Loodushoiu_ja_Turismi_Instituut, lk 144
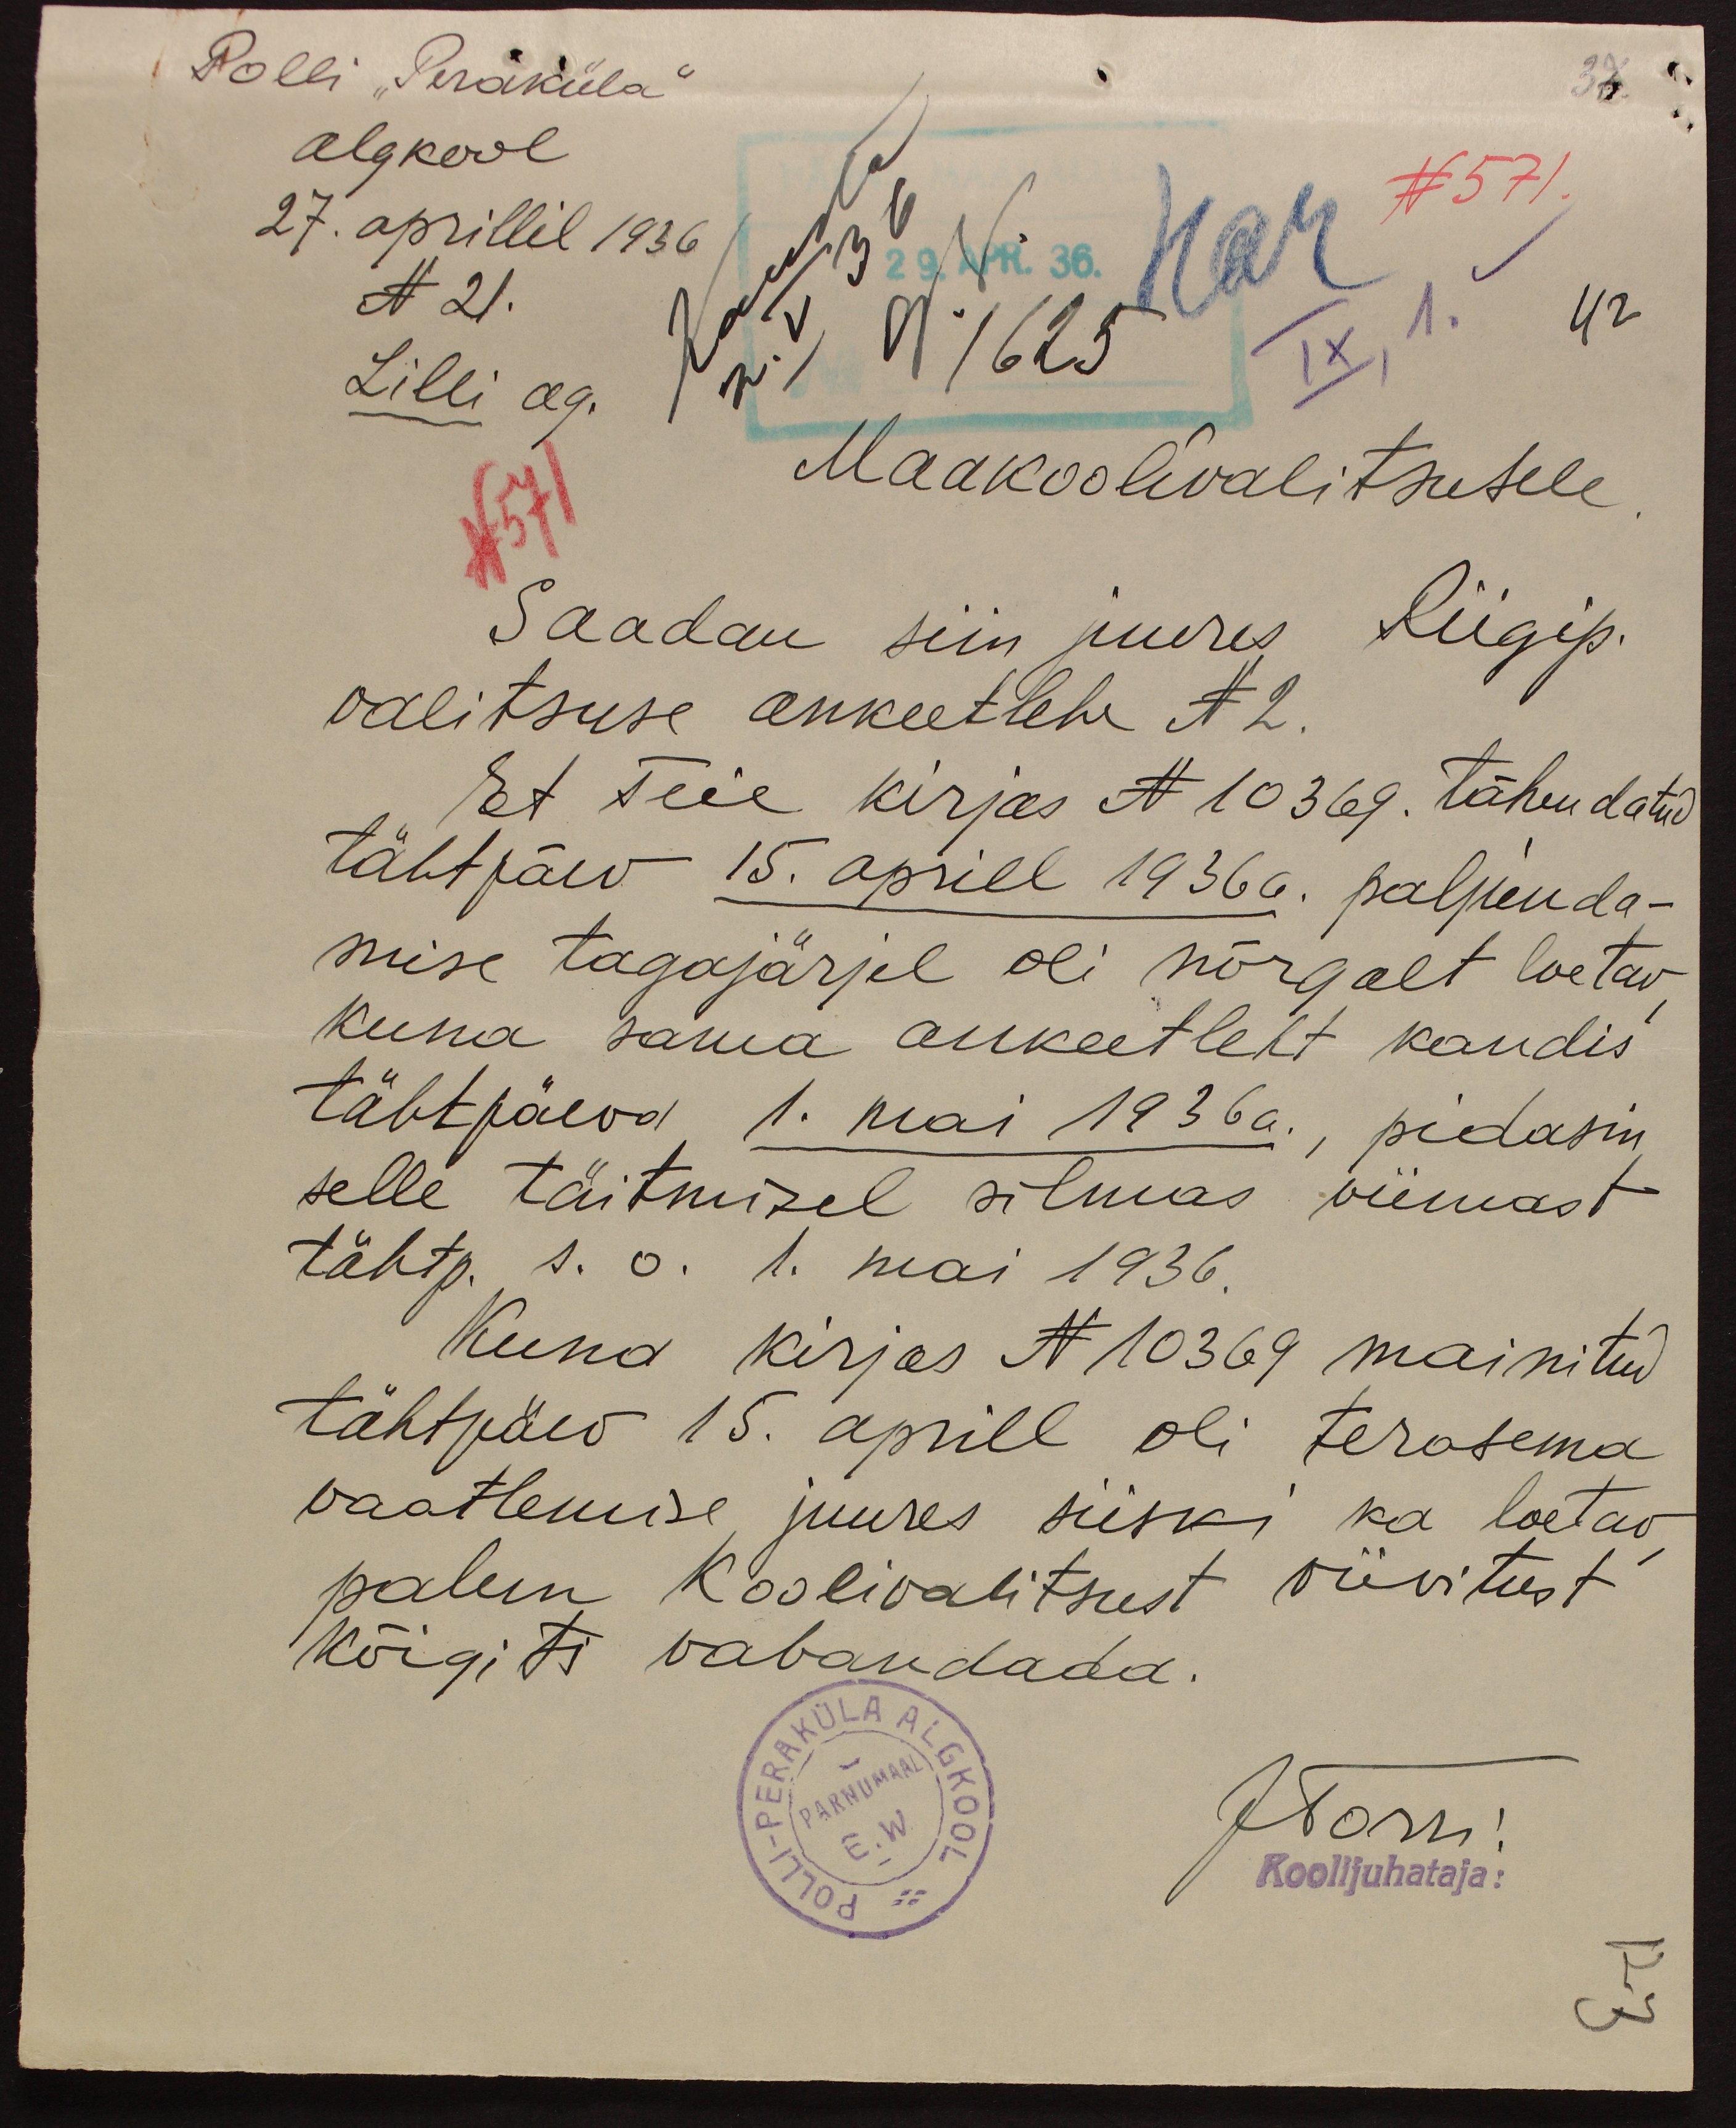
Polli "Peraküla"

algkool
Lilli ag.
N 571
27. aprillil 1936
N 21.
42
N 571
Maakoolivalitsusele
Saadan siin juures Riigip.
valitsuse ankeetlehe N 2.
Et Teie kirjas N 10369. tähendatud
tähtpäev 15. aprill 1936 a. paljunda-
mise tagajärjel oli nõrgalt loetav
kuna sama ankeetleht kandis
tähtpäeva 1. mai 1936 a., pidasin
selle täitmisel silmas viimast
tähtp. s. o. 1. mai 1936.
Kuna kirjas N 10369 mainitud
tähtpäev 15. aprill oli terasema
vaatlemise juures siiski ka loetav
palun koolivalitsust viivitust
kõigiti vabandada.
JTorri
Koolijuhataja: